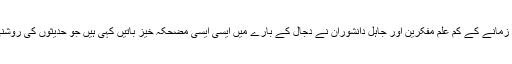
دجال ایک انسان ہی ہوگا:موجودہ زمانے کے کم علم مفکرین اور جاہل دانشوران نے دجال کے بارے میں ایسی ایسی مضحکہ خیز باتیں کہی ہیں جو حدیثوں کی روشنی میں انتہائی غلط قرار پاتی ہیں۔